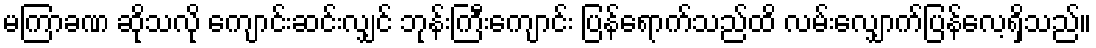
မကြာခဏ ဆိုသလို ကျောင်းဆင်းလျှင် ဘုန်းကြီးကျောင်း ပြန်ရောက်သည်ထိ လမ်းလျှောက်ပြန်လေ့ရှိသည်။